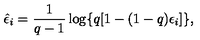
\hat { \epsilon } _ { i } = \frac { 1 } { q - 1 } \log \{ q [ 1 - ( 1 - q ) \epsilon _ { i } ] \} ,